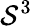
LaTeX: \mathcal{S}^{3}